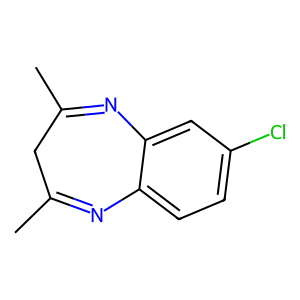
SMILES: CC1=Nc2ccc(Cl)cc2N=C(C)C1
Inhibits HIV replication: No